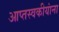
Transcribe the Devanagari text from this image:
आप्तस्वकीयांना